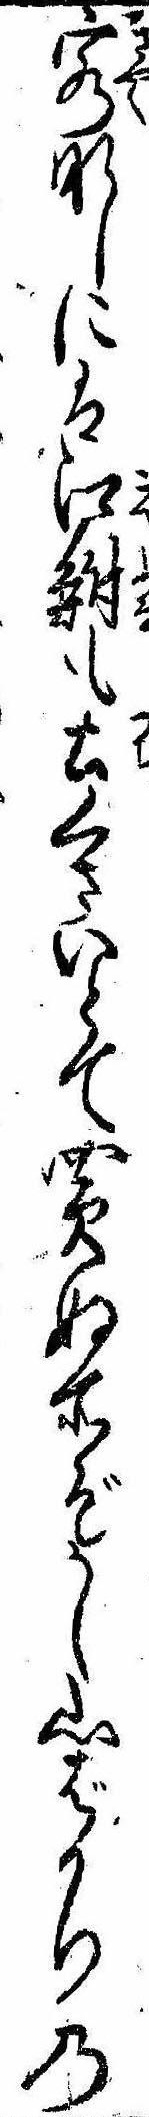
客なしには江鮒も土くさいとて買ぬ所ぞかし山ばかりの